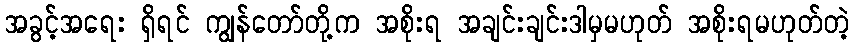
အခွင့်အရေး ရှိရင် ကျွန်တော်တို့က အစိုးရ အချင်းချင်းဒါမှမဟုတ် အစိုးရမဟုတ်တဲ့